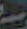
سه